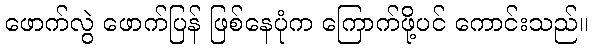
ဖောက်လွဲ ဖောက်ပြန် ဖြစ်နေပုံက ကြောက်ဖို့ပင် ကောင်းသည်။